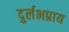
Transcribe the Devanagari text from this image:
दुर्लभप्राय